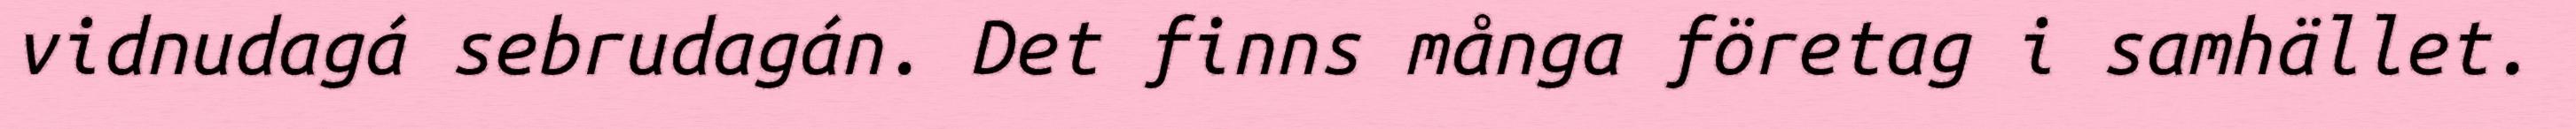
vidnudagá sebrudagán. Det finns många företag i samhället.